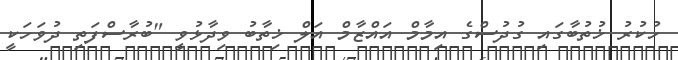
ހުކުރު ޚުތުބާގައި ގުދުސްގެ އިމާމް އައްޒާމް އަލް ޚިތާބު ވިދާޅުވީ "ބުރާސްފަތި ދުވަހަކީ